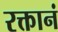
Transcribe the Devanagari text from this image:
रक्तानं